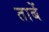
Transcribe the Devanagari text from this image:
ताबें